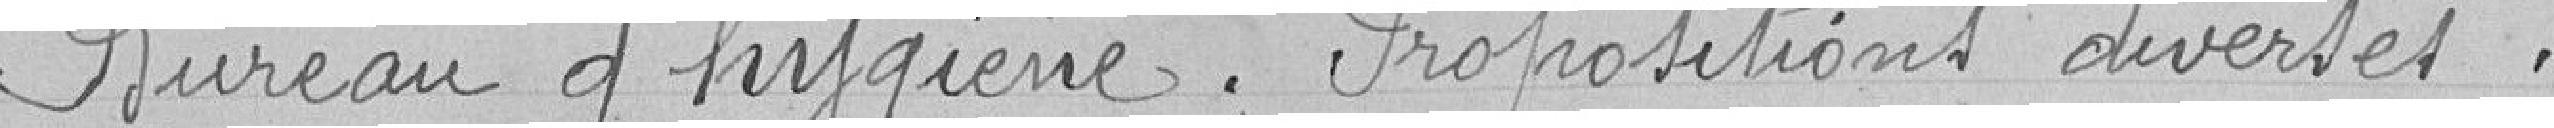
Bureau d'hygiène . Propositions diverses .